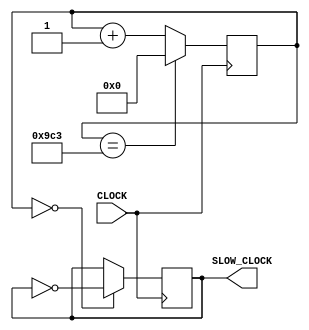
`timescale 1ns / 1ps

module clk_20kHz(
    input CLOCK,
    output reg SLOW_CLOCK = 0
    );
    
    reg[12:0] COUNT = 0;
    
    always @(posedge CLOCK)begin
        COUNT <= (COUNT == 2499)? 0 : COUNT + 1;
        SLOW_CLOCK <= (COUNT == 0)? ~SLOW_CLOCK : SLOW_CLOCK;
    end
    
endmodule